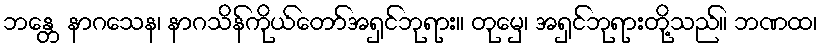
ဘန္တေ နာဂသေန၊ နာဂသိန်ကိုယ်တော်အရှင်ဘုရား။ တုမှေ၊ အရှင်ဘုရားတို့သည်။ ဘဏထ၊